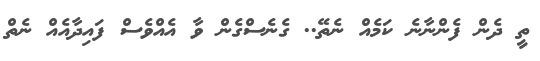
ތީ ދެން ފެންނާނެ ކަމެއް ނެތޭ.. ގެނެސްގެން ވާ އެއްވެސް ފައިދާއެއް ނެތް